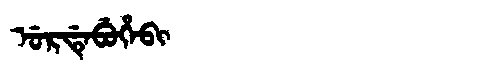
Manchu: ᡠᡵᡩᡝᠪᡠᡥᡝᠪᡳ
Romanization: URDEBUHEBI